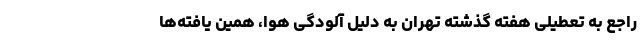
راجع به تعطیلی هفته گذشته تهران به دلیل آلودگی هوا، همین یافته‌ها